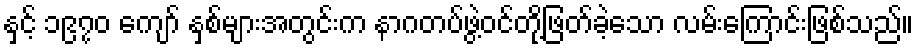
နှင့် ၁၉၇၀ ကျော် နှစ်များအတွင်းက နာဂတပ်ဖွဲ့ဝင်တို့ဖြတ်ခဲ့သော လမ်းကြောင်းဖြစ်သည်။